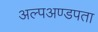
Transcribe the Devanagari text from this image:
अल्पअण्डपता